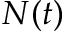
N ( t )